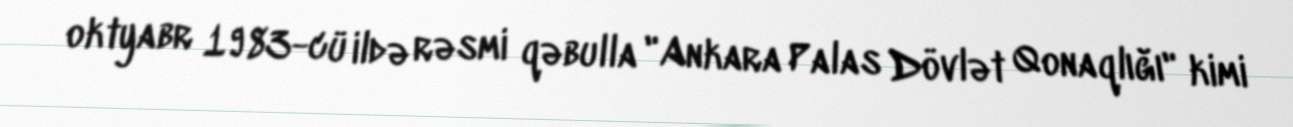
oktyabr 1983-cü ildə rəsmi qəbulla "Ankara Palas Dövlət Qonaqlığı" kimi